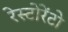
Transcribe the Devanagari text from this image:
रेस्टोरेंटो